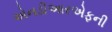
એનડીઆરએફની